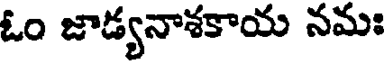
ఓం జాడ్యనాశకాయ నమః